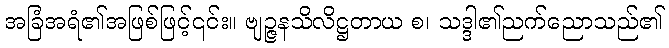
အခြံအရံ၏အဖြစ်ဖြင့်၎င်း။ ဗျဉ္ဇနသိလိဋ္ဌတာယ စ၊ သဒ္ဒါ၏ညက်ညောသည်၏